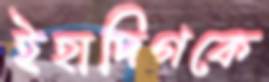
ইহাদিগকে